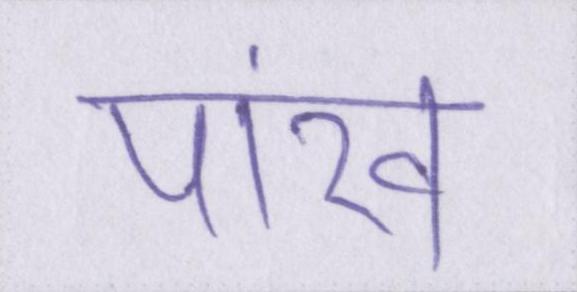
पांख